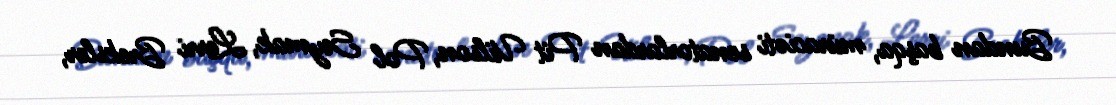
Bundan başqa, müraciəti senatorlardan Pit Uilson, Pol Seymak, Lerri Breksler,